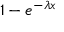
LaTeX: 1 - e ^ { - \lambda x }